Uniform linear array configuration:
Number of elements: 48
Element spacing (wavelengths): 0.5
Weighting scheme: uniform
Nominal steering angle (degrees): -30
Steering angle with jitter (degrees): -29.729
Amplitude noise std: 0.05
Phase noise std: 0.05

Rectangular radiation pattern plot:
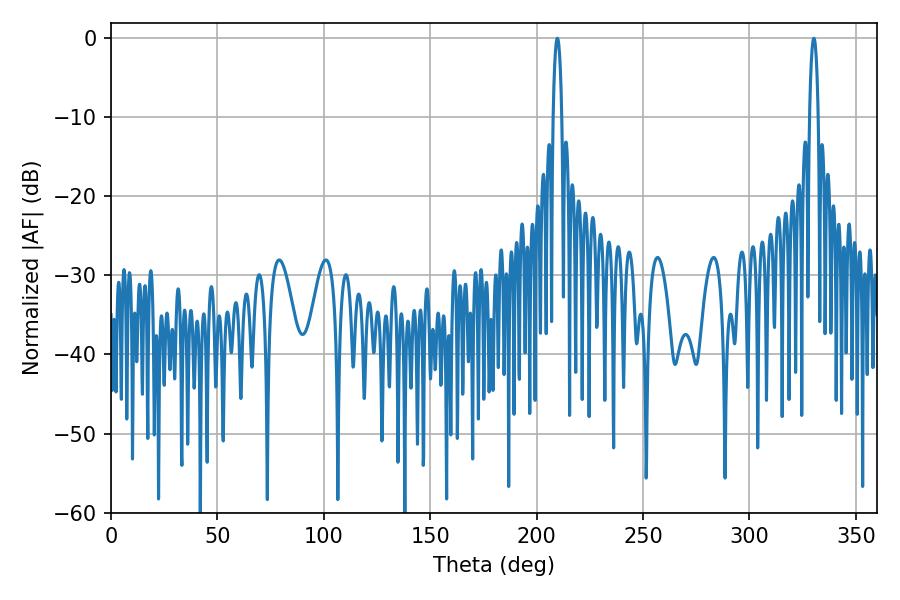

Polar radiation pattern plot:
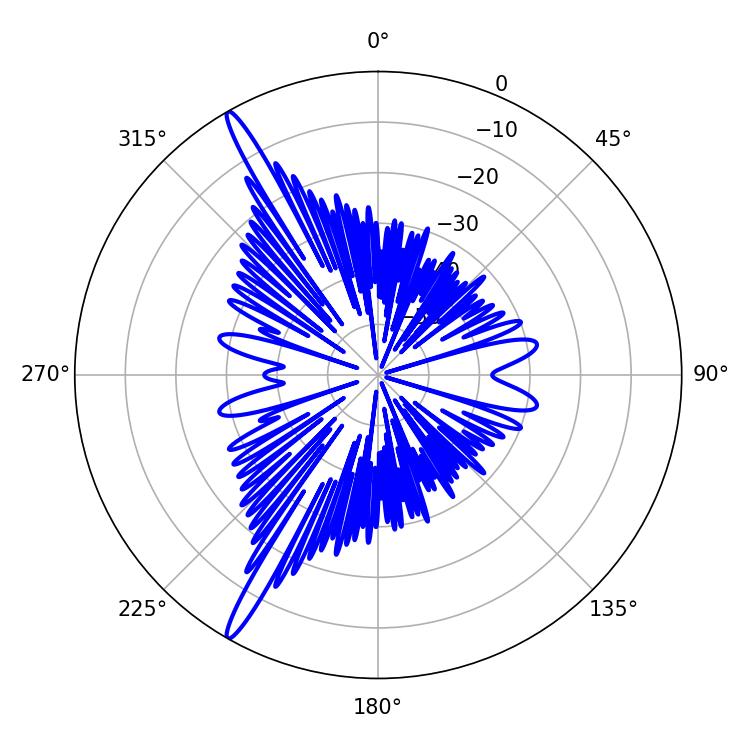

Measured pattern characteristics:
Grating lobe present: FALSE
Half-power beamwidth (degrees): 2.34
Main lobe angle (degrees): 209.7